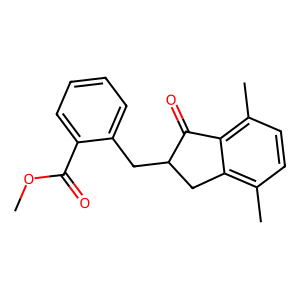
SMILES: COC(=O)c1ccccc1CC1Cc2c(C)ccc(C)c2C1=O
Inhibits HIV replication: No